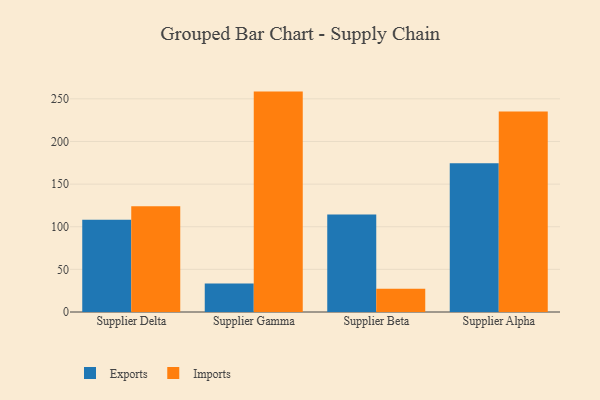
{"axis": {"x": "Supplier", "y": "Shipments"}, "legend": ["Exports", "Imports"], "data": [{"x": "Supplier Delta", "y": 108.1, "type": "Exports"}, {"x": "Supplier Delta", "y": 124.0, "type": "Imports"}, {"x": "Supplier Gamma", "y": 33.4, "type": "Exports"}, {"x": "Supplier Gamma", "y": 258.5, "type": "Imports"}, {"x": "Supplier Beta", "y": 114.4, "type": "Exports"}, {"x": "Supplier Beta", "y": 27.4, "type": "Imports"}, {"x": "Supplier Alpha", "y": 174.4, "type": "Exports"}, {"x": "Supplier Alpha", "y": 235.3, "type": "Imports"}]}